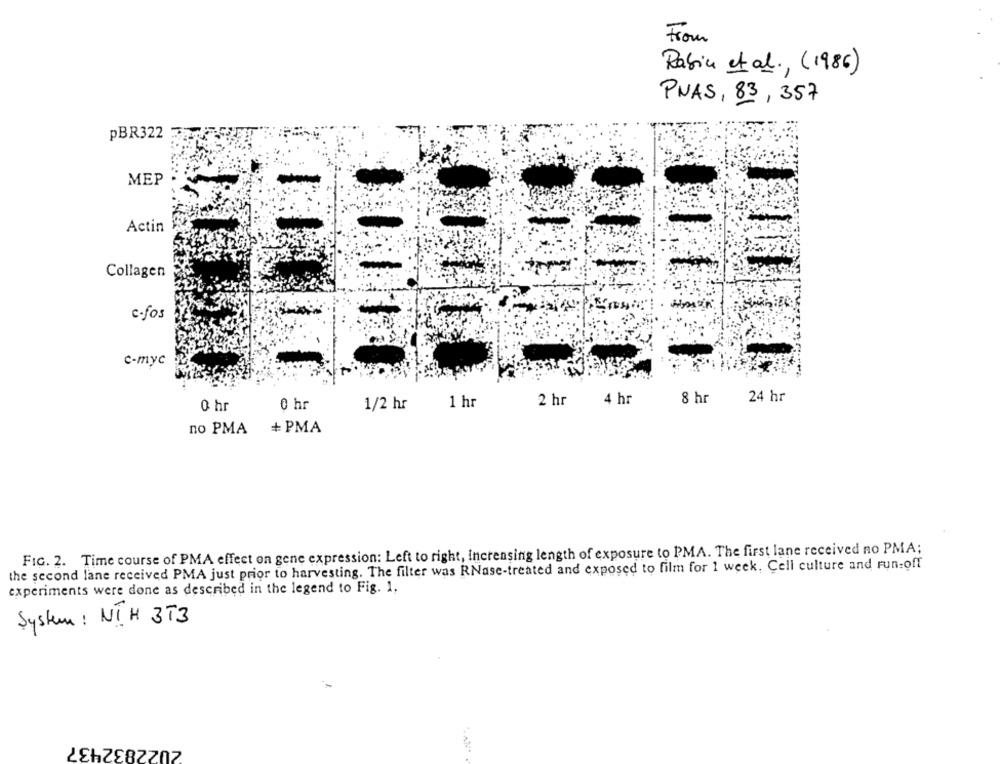
From
Rabin et al. , (1986)
PNAS, 83, 357
PBR322
MEP
Actin
Collagen
c-fos
c-myc
-
24 hr
0 hr
1/2 hr
1 hr
2 hr
4 hr
8 hr
0 hr
+ PMA
no PMA
FIG. 2. Time course of PMA effect on gene expression: Left to right, increasing length of exposure to PMA. The first lane received no PMA;
the second lane received PMA just prior to harvesting. The filter was RNase-treated and exposed to film for 1 week, Cell culture and run-off
experiments were done as described in the legend to Fig. 1.
System : N. H 3T3
2022832437